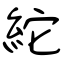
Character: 紽